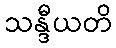
သန္ဒီယတိ